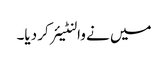
میں نے والنٹیئر کر دیا۔